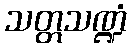
သတ္တသဏ္ဍံ